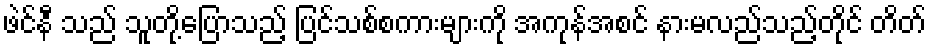
ဖဲင်နီ သည် သူတို့ပြောသည့် ပြင်သစ်စကားများကို အကုန်အစင် နားမလည်သည့်တိုင် တိတ်